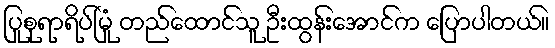
ပြုစုရာရိပ်မြုံ တည်ထောင်သူ ဦးထွန်းအောင်က ပြောပါတယ်။